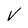
Character: V